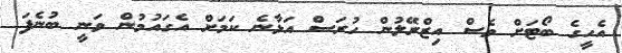
އެހީގެ ބޯޓަށް ވެސް އިޒްރޭލުން ހުރަސް އަޅާނެ ކަމަށް އެގައުމުން ވަނީ ބުނެފަ